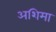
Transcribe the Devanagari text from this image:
अशिमा